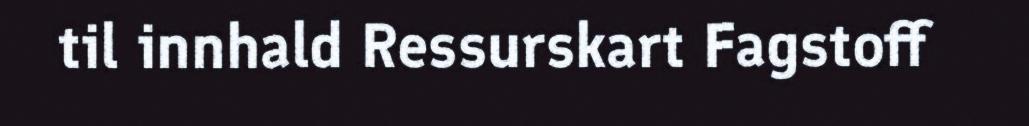
til innhald Ressurskart Fagstoff